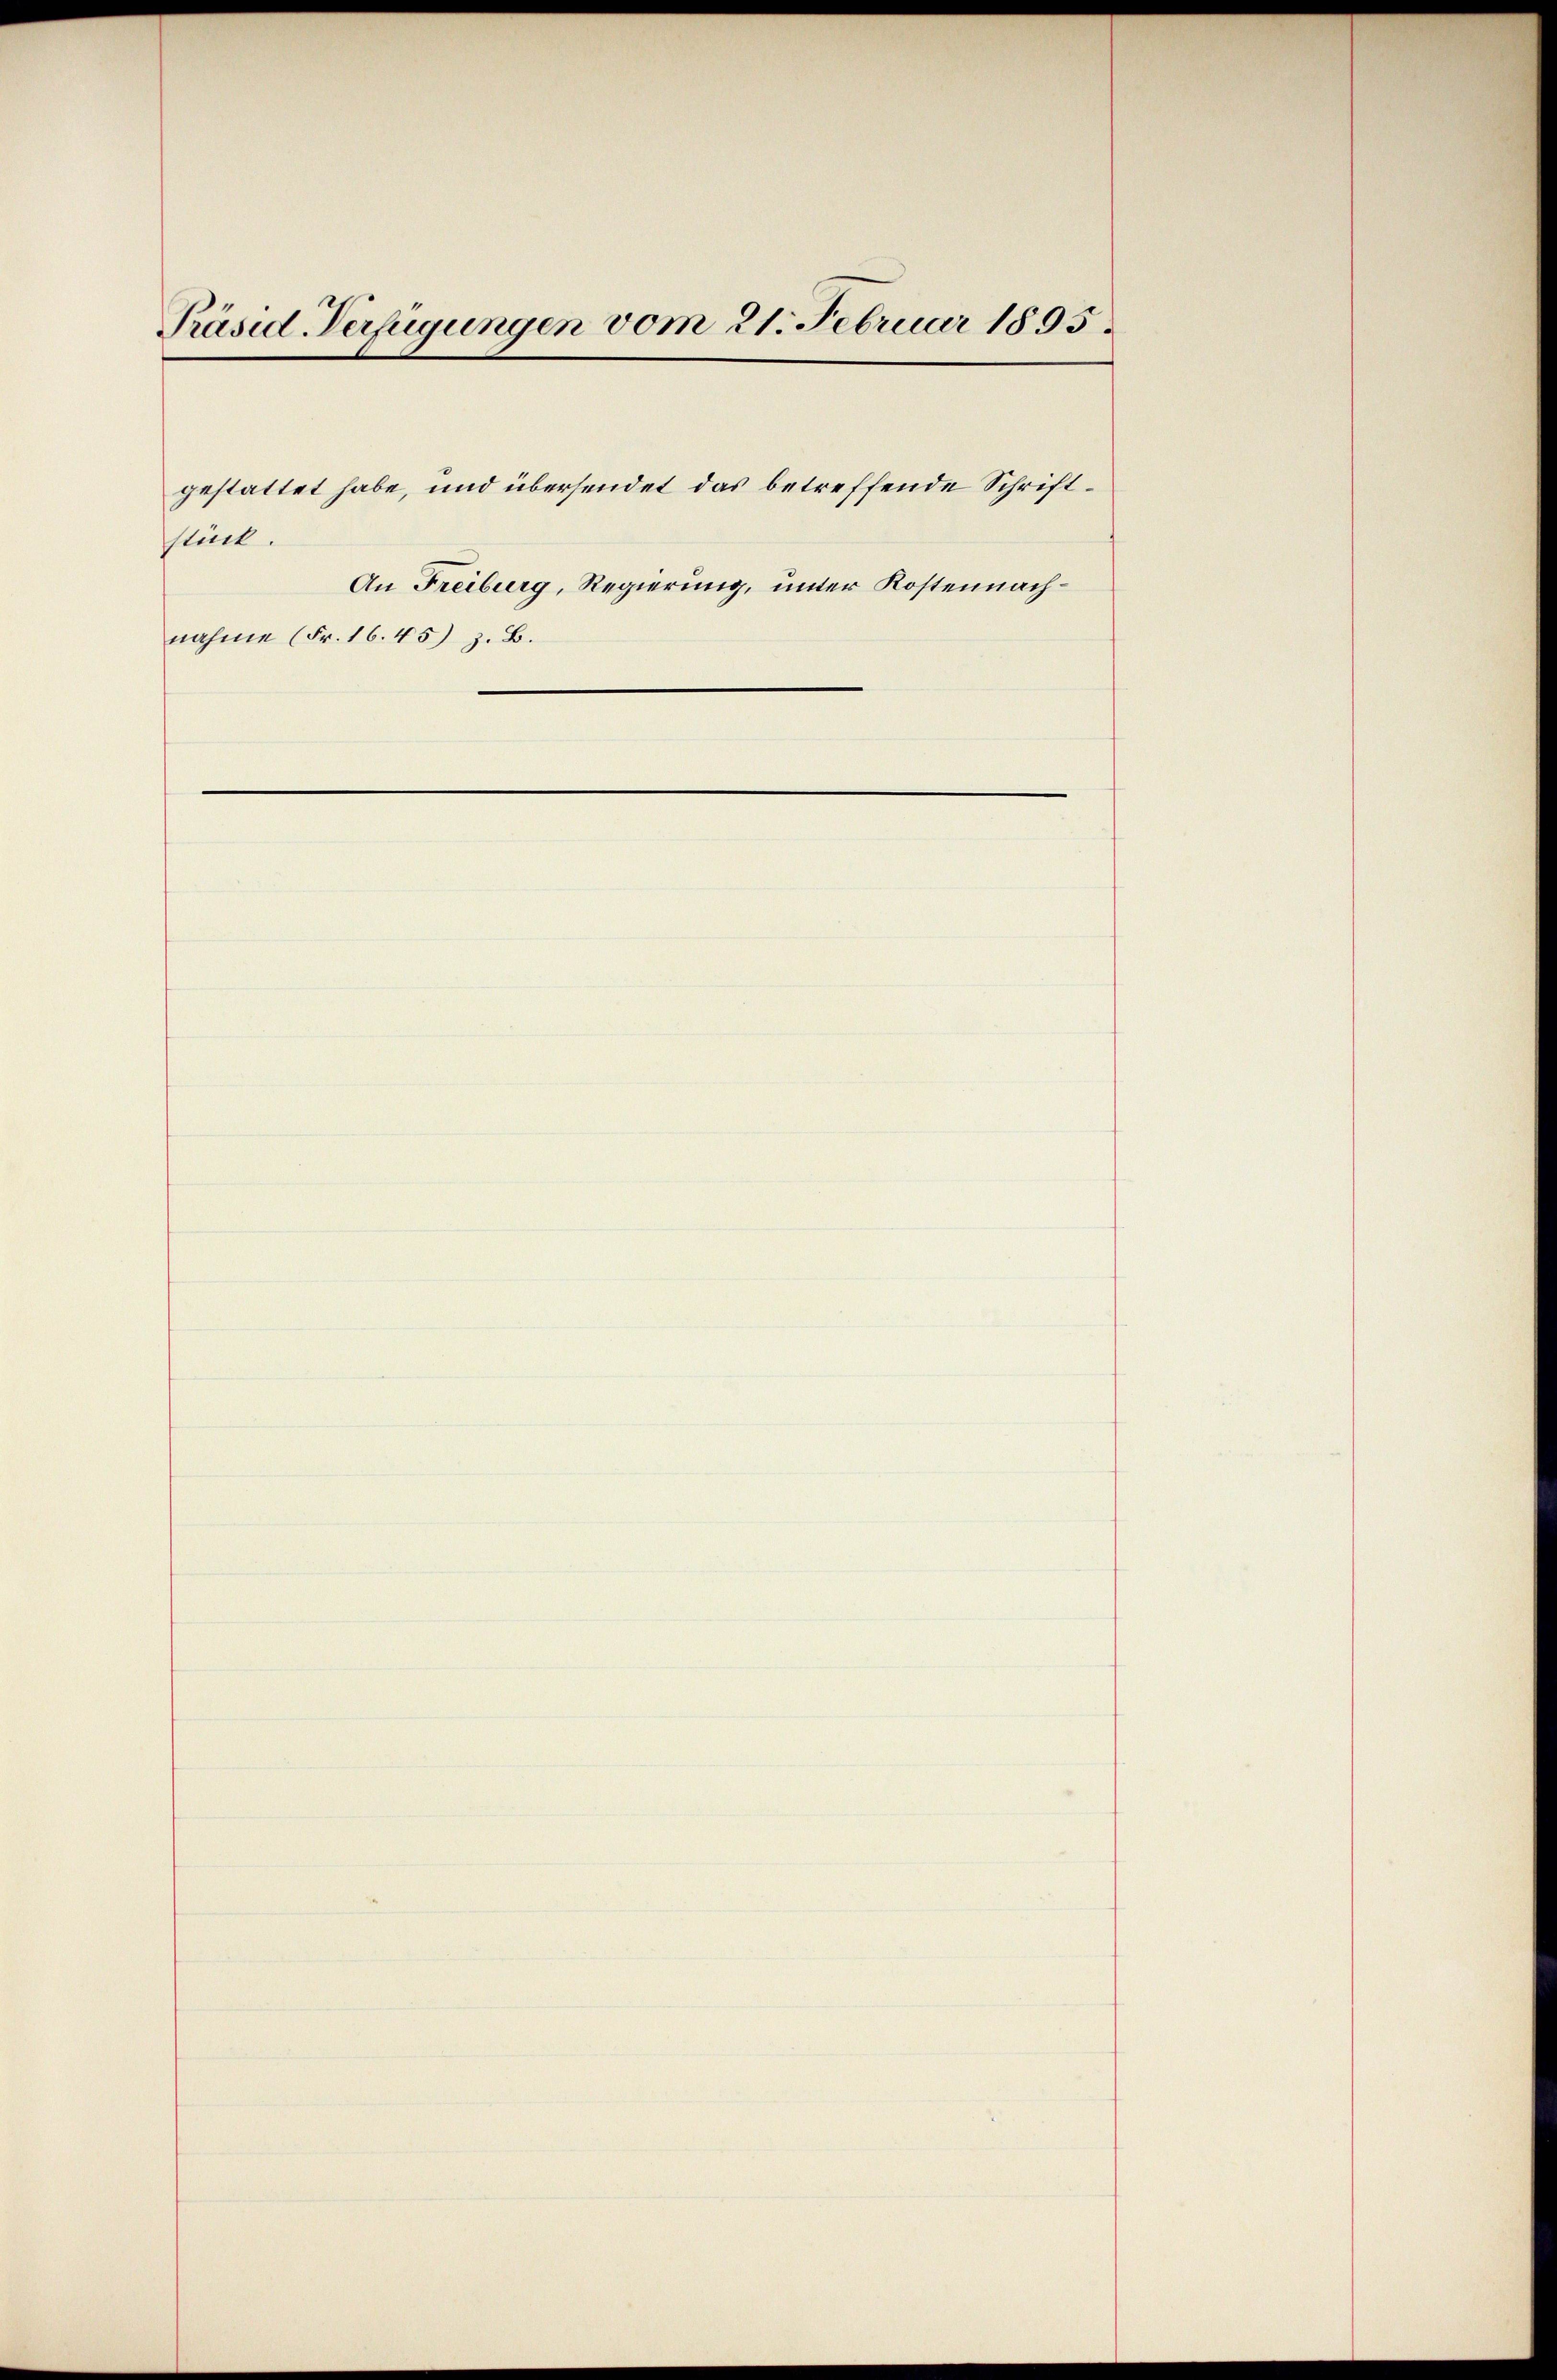
Präsid Verfügungen vom 21. Februar 1895.
gestattet habe, und übersendet das betreffende Schriftstück.
An Freiburg, Regierung, unter Kostennach¬

nahme (Fr. 16. 45) z. B.